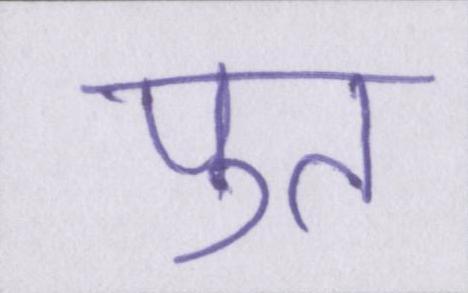
पुत